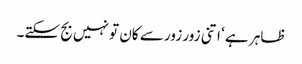
ظاہر ہے ‘ اتنی زور زور سے کان تو نہیں بج سکتے۔